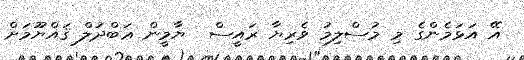
އޭ އަޅަމެންގެ މި މުސްލިމު ވެރިޔާ ރައީސް  ޔާމީން ޢަބްދުލް ޤައްޔޫމަށް